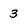
Character: 3